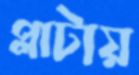
প্লাটায়